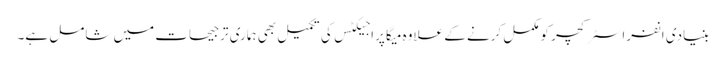
بنیادی انفراسٹرکچر کومکمل کرنے کے علاوہ میگا پراجیکٹس کی تکمیل بھی ہماری ترجیحات میں شامل ہے۔